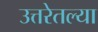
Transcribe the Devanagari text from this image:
उत्तरेतल्या